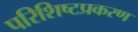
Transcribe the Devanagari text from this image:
परिशिष्टप्रकरण